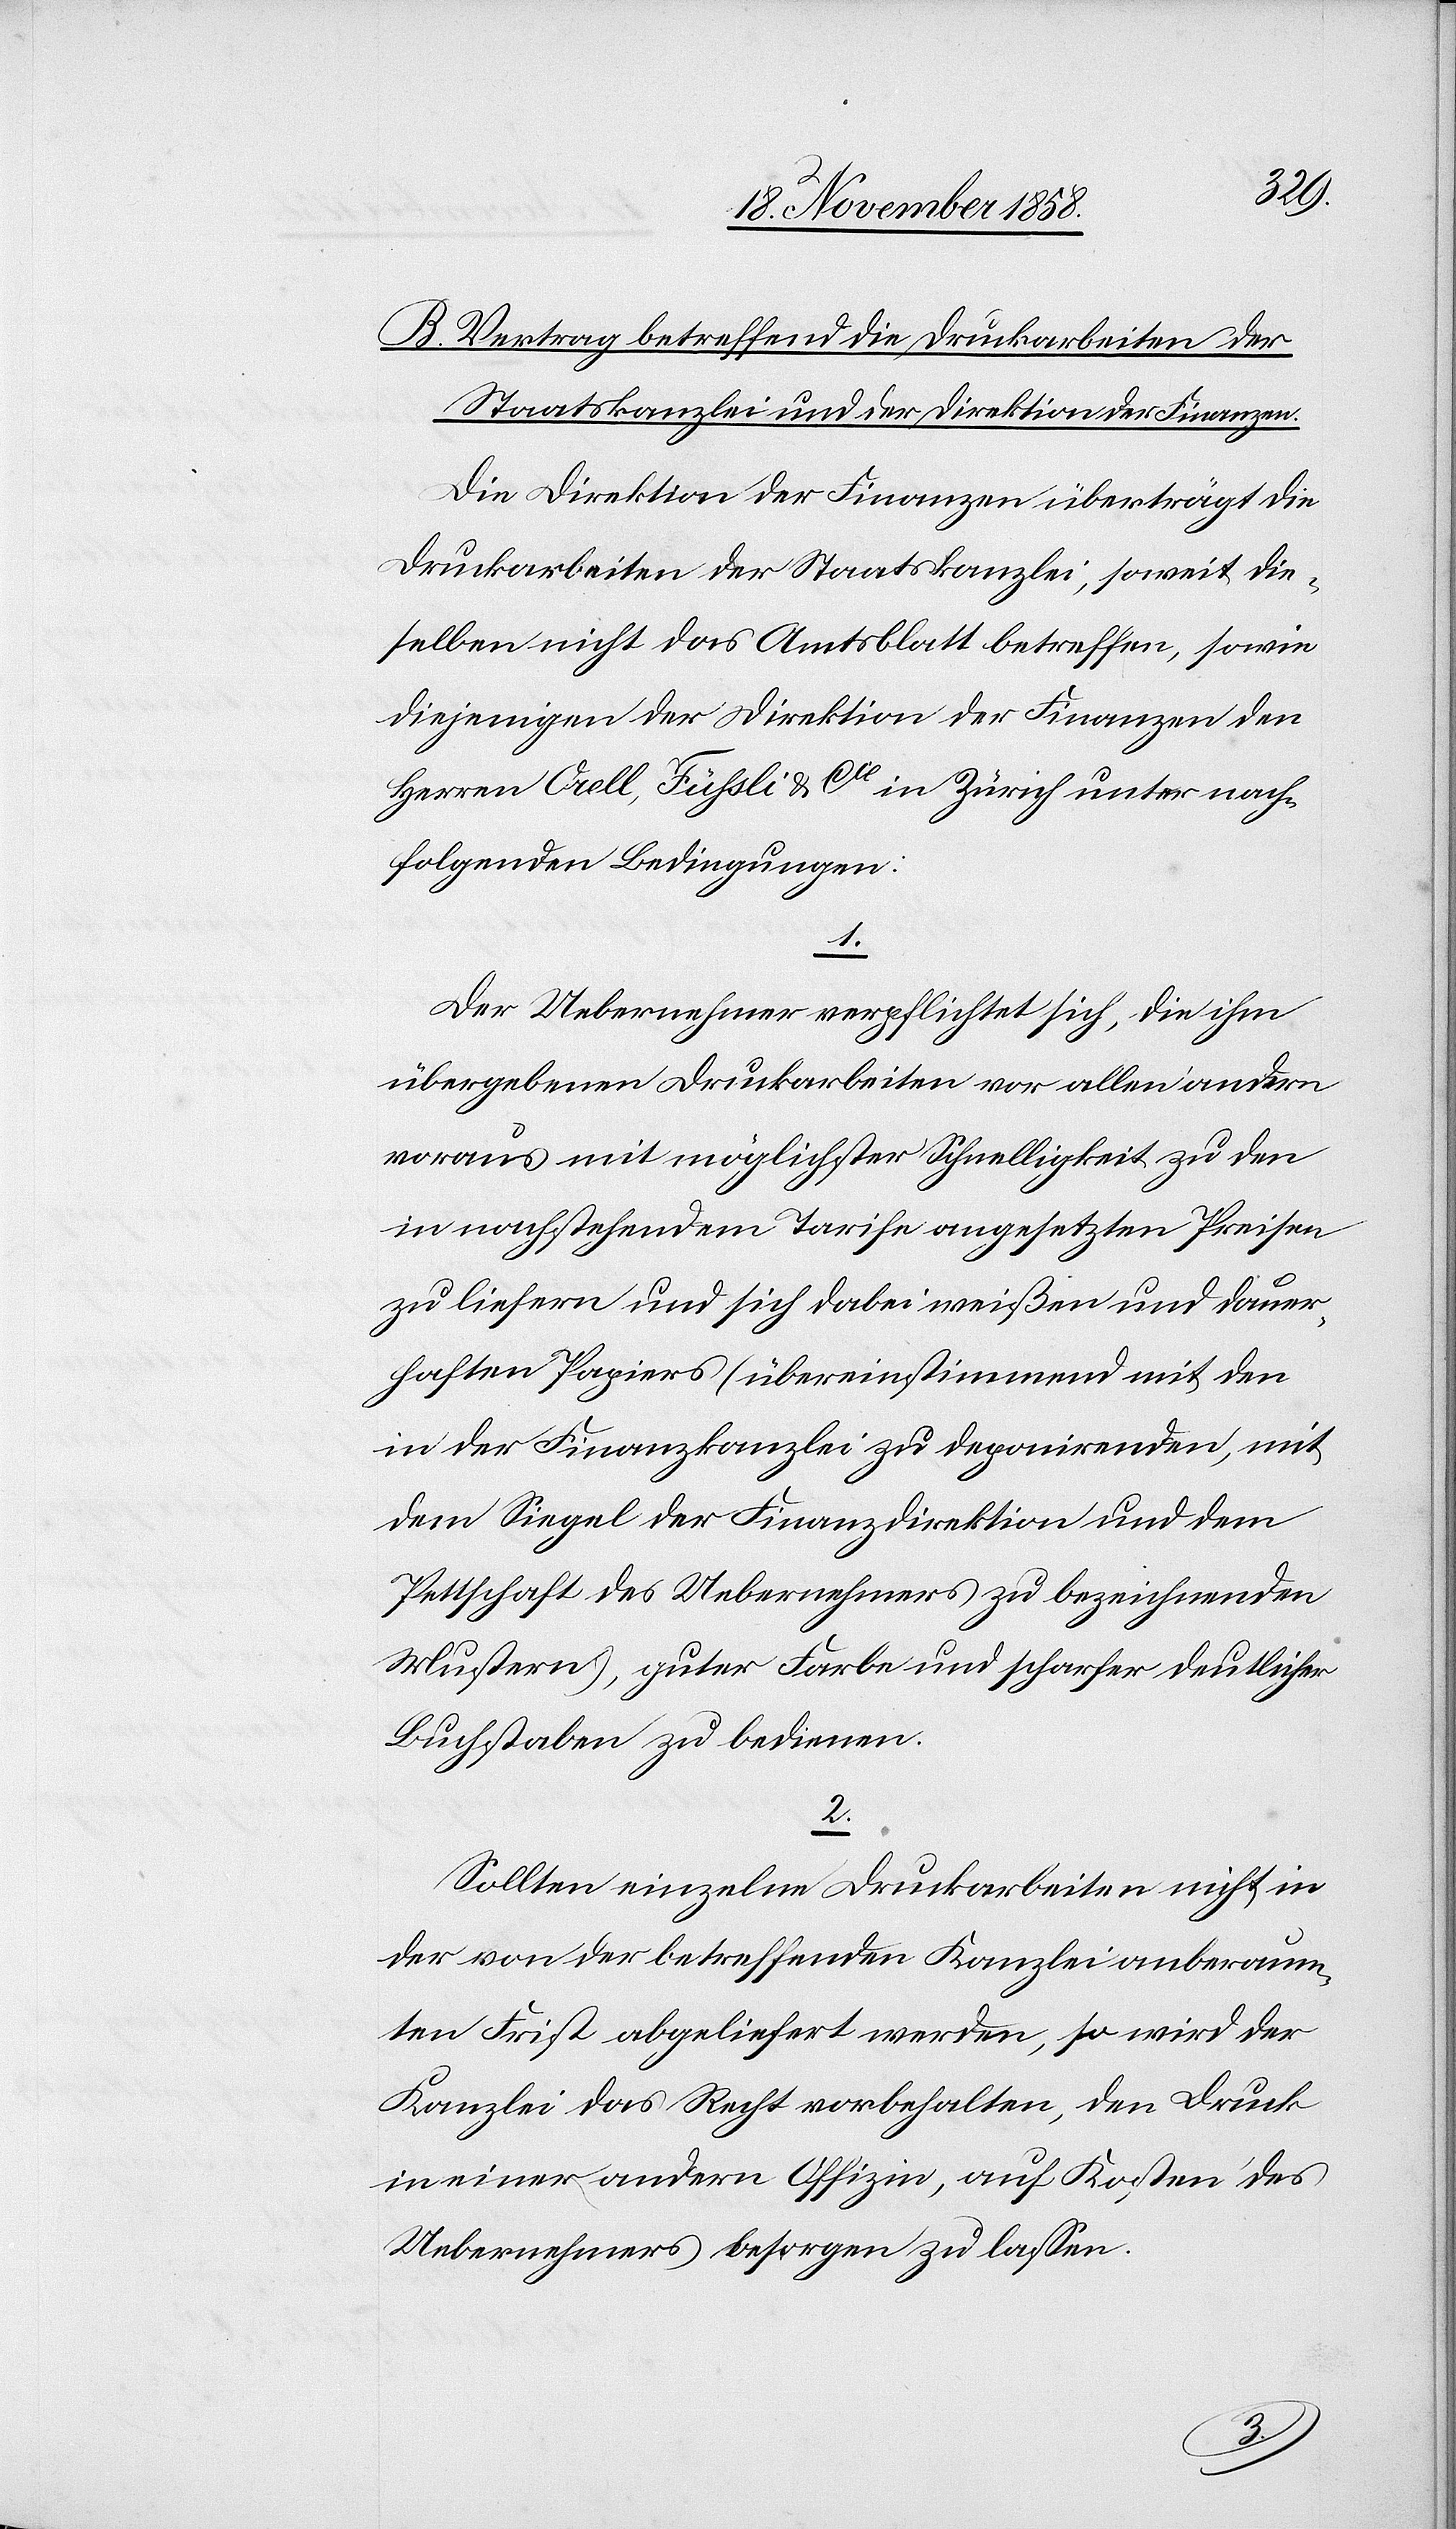
B. Vertrag betreffend die Druckarbeiten der
Staatskanzlei und der Direktion der Finanzen.
Die Direktion der Finanzen überträgt die
Druckarbeiten der Staatskanzlei, soweit die¬
selben nicht das Amtsblatt betreffen, sowie
diejenigen der Direktion der Finanzen den
Herren Orell, Füssli & Cie in Zürich unter nach¬
folgenden Bedingungen:
1.
Der Uebernehmer verpflichtet sich, die ihm
übergebenen Druckarbeiten vor allen andern
voraus mit möglichster Schnelligkeit zu den
in nachstehendem Tarife angesetzten Preisen
zu liefern und sich dabei weißen und dauer¬
haften Papiers (übereinstimmend mit den
in der Finanzkanzlei zu deponirenden, mit
dem Siegel der Finanzdirektion und dem
Pettschaft des Uebernehmers zu bezeichnenden
Mustern), guter Farbe und scharfer deutlicher
Buchstaben zu bedienen.
2.
Sollten einzelne Druckarbeiten nicht in
der von der betreffenden Kanzlei anberaum¬
ten Frist abgeliefert werden, so wird der
Kanzlei das Recht vorbehalten, den Druck
in einer andern Offizin, auf Kosten des
Uebernehmers besorgen zu lassen.